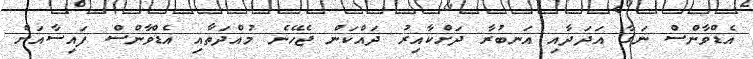
އެޑްވާންސް ނަގާ އަދަދާއި އަނބުރާ ދަށްކާއިރު ދައްކަން ޖެހޭނެ މުއްދަތާއި އެޑްވާންސް ފައިސާއަށް